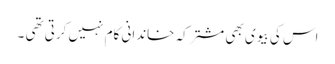
اس کی بیوی بھی مشترکہ خاندانی کام نہیں کرتی تھی ۔